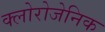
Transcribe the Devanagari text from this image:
क्लोरोजेनिक